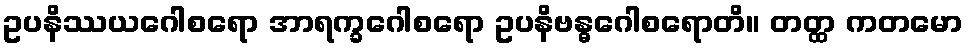
ဥပနိဿယဂေါစရော အာရက္ခဂေါစရော ဥပနိဗန္ဓဂေါစရောတိ။ တတ္ထ ကတမော